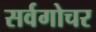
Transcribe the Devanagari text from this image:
सर्वगोचर